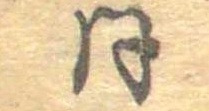
同